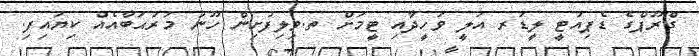
ގްރޫޕްގެ ޑެޕިއުޓީ ލީޑަރ އަލީ ވަހީދާއި ޓީމަށް ތ.ވިލިފުށިން ހޫނު މަރުޙަބާއެއް ކިޔައިފި.